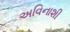
અવિનાશી